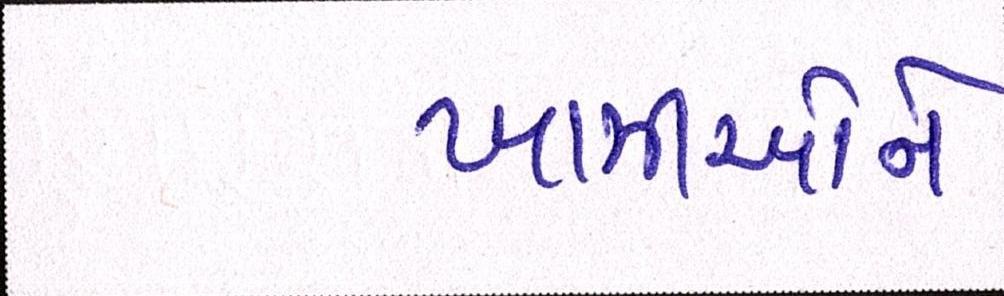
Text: ખામીઓને